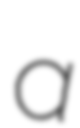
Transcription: a